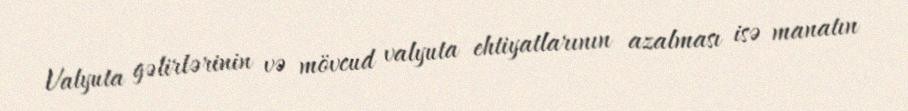
Valyuta gəlirlərinin və mövcud valyuta ehtiyatlarının azalması isə manatın